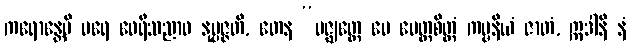
ကရောန္တေပိ ပရေ ဝေရီသညာဝ နုပ္ပဇ္ဇတိ, တေန “မဇ္ဈတ္တေ မေ မေတ္တစိတ္တံ ကမ္မနိယံ ဇာတံ, ဣဒါနိ နံ